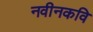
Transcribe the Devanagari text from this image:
नवीनकवि